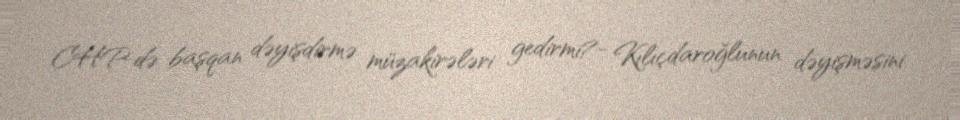
CHP-də başqan dəyişdirmə müzakirələri gedirmi?- Kılıçdaroğlunun dəyişməsini